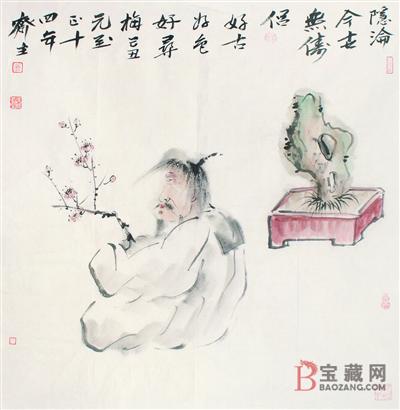
访戴归来，寻梅懒去，独钓无聊。